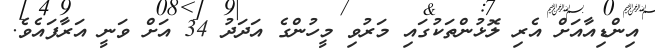
އިންޑިއާއަށް އެރި ލޮޅުންތަކުގައި މަރުވި މީހުންގެ އަދަދު 34 އަށް ވަނީ އަރާފައެވެ.